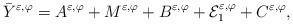
LaTeX: \begin{align*}\bar{Y}^{\varepsilon ,\varphi }=A^{\varepsilon ,\varphi }+M^{\varepsilon,\varphi }+B^{\varepsilon ,\varphi }+\mathcal{E}_{1}^{\varepsilon ,\varphi}+C^{\varepsilon ,\varphi }, \end{align*}